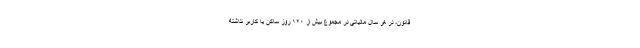
قانون، در هر سال مالیاتی در مجموع بیش از ۱۲۰ روز ساکن یا کاربر نداشته